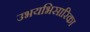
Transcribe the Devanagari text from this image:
उभयभिसारिका